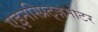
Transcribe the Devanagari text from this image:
एइनस्प्रिट्ज़मोटर